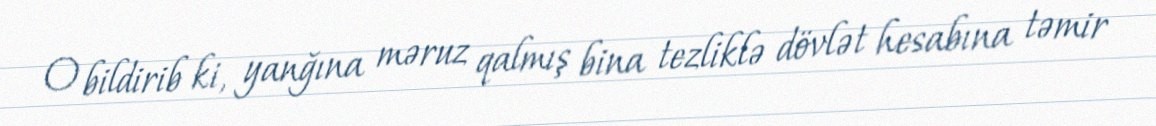
O bildirib ki, yanğına məruz qalmış bina tezliklə dövlət hesabına təmir